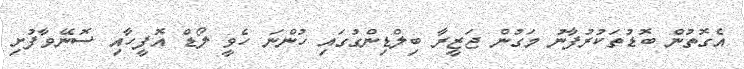
އެގޮތުން ބޮޑުތަކުރުފާނު މަގުން ޖަޒީރާ ބިލްޑިންގުގައި ހުންނަ ހެވީ ލޯޑް އޮފީހާއި ސޮނޭވާފުށި